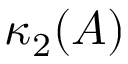
\kappa _ { 2 } ( A )